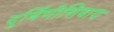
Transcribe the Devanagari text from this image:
दुर्बिणीशिवाय